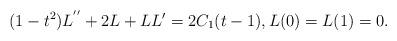
LaTeX: \begin{align*}(1-t^2)L^{''}+2L+LL'=2C_1(t-1),L(0)=L(1)=0.\end{align*}